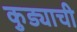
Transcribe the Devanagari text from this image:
कुड्याची